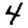
Digit: 4